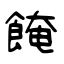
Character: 餣